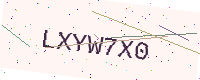
Text: LXYW7X0